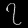
Digit: ၇